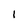
Character: 1